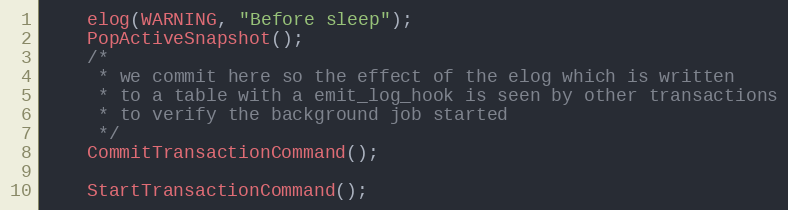
Language: C
	elog(WARNING, "Before sleep");
	PopActiveSnapshot();
	/*
	 * we commit here so the effect of the elog which is written
	 * to a table with a emit_log_hook is seen by other transactions
	 * to verify the background job started
	 */
	CommitTransactionCommand();

	StartTransactionCommand();